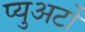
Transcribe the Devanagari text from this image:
प्युअर्टो